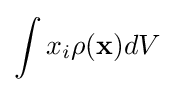
\int x_{i}\rho (\mathbf {x} )dV